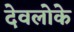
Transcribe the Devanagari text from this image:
देवलोके